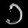
Digit: ၁